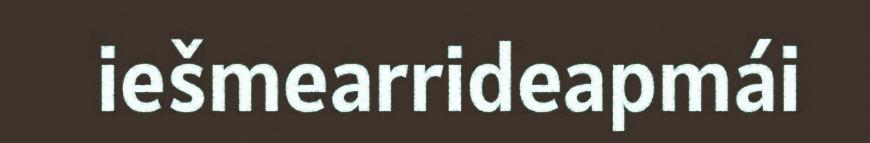
iešmearrideapmái